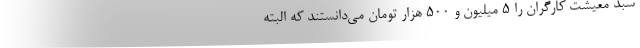
سبد معيشت كارگران را ۵ ميليون و ۵۰۰ هزار تومان مي‌دانستند كه البته